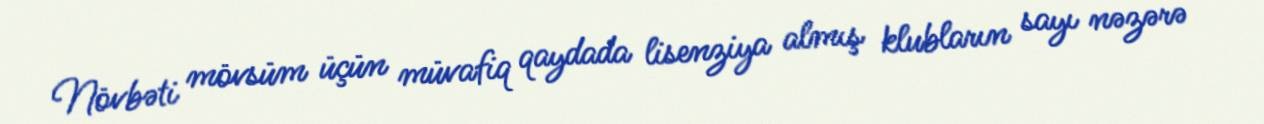
Növbəti mövsüm üçün müvafiq qaydada lisenziya almış klubların sayı nəzərə